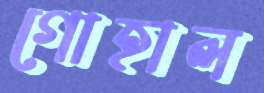
গোহাল